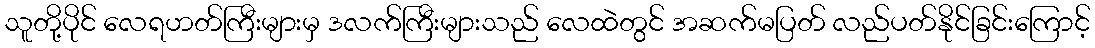
သူတို့ပိုင် လေရဟတ်ကြီးများမှ ဒလက်ကြီးများသည် လေထဲတွင် အဆက်မပြတ် လည်ပတ်နိုင်ခြင်းကြောင့်